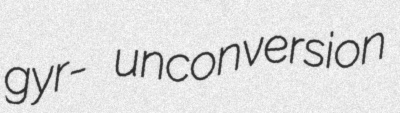
gyr- unconversion